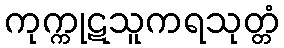
ကုက္ကုဋသူကရသုတ္တံ